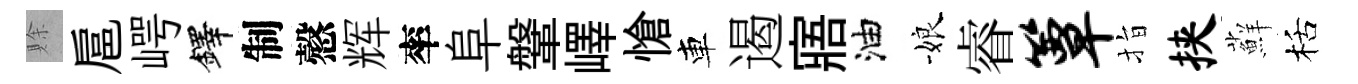
賖扈崿鐸制慤辉率阜鞶嶧愴車遏寤油娘睿簟指挟蘚栝